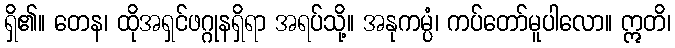
ရှိ၏။ တေန၊ ထိုအရှင်ဖဂ္ဂုနရှိရာ အရပ်သို့။ အနုကမ္ပံ၊ ကပ်တော်မူပါလော။ ဣတိ၊